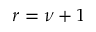
r = \nu + 1